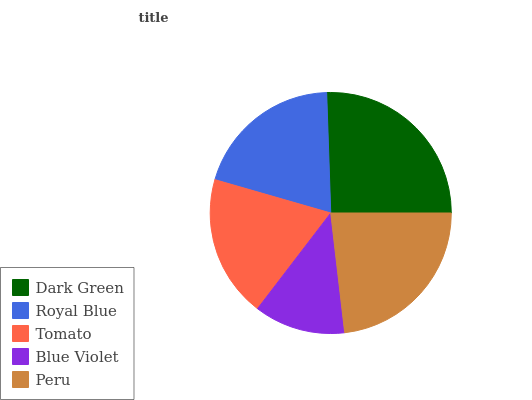
| Dark Green | Royal Blue | Tomato | Blue Violet | Peru |
 | --- | --- | --- | --- | --- |
 | 25.5% | 20.1% | 19.1% | 12.2% | 23.1% |